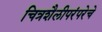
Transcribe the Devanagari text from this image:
चित्रशैलीपरंपरेचे